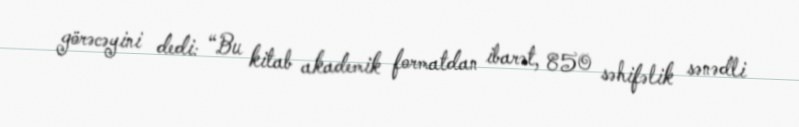
görəcəyini dedi: “Bu kitab akademik formatdan ibarət, 850 səhifəlik sənədli